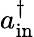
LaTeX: a_{\mathrm{in}}^{\dagger}